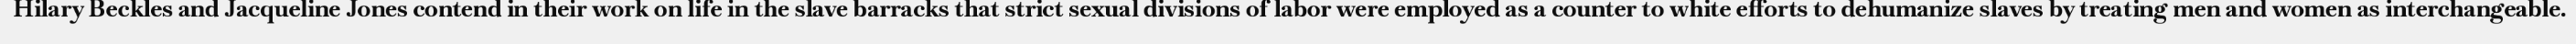
Hilary Beckles and Jacqueline Jones contend in their work on life in the slave barracks that strict sexual divisions of labor were employed as a counter to white efforts to dehumanize slaves by treating men and women as interchangeable.